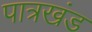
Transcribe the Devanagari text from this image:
पात्रखंड